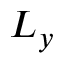
L _ { y }